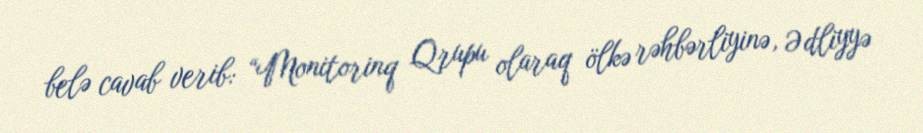
belə cavab verib: “Monitorinq Qrupu olaraq ölkə rəhbərliyinə, Ədliyyə